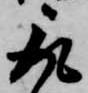
取